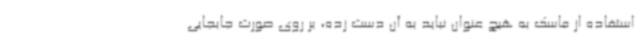
استفاده از ماسک به هیچ عنوان نباید به آن دست زده، بر روی صورت جابجایی